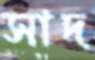
সাদ